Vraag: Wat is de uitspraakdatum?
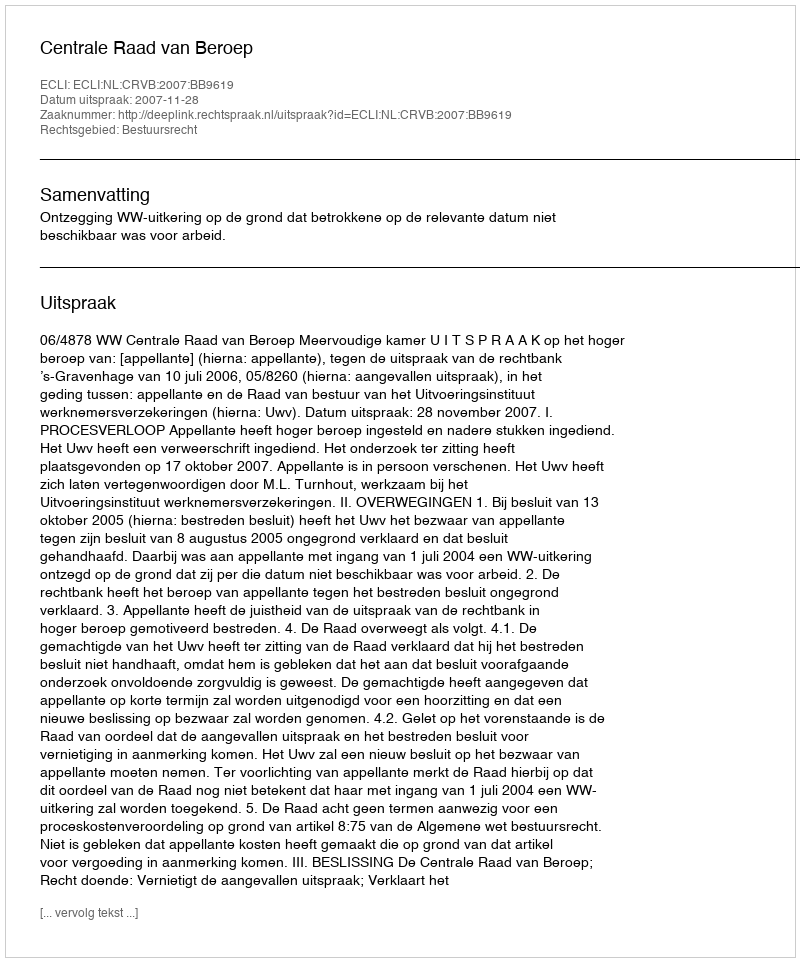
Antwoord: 2007-11-28